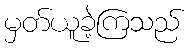
မှတ်ယူခဲ့ကြသည်